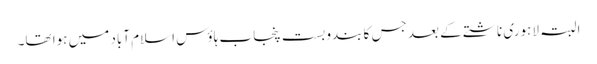
البتہ لاہوری ناشتے کے بعد جس کا بندوبست پنجاب ہاؤس اسلام آباد میں ہوا تھا۔